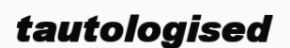
tautologised